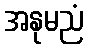
အနုမညံ